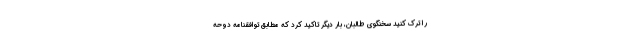
را ترک کنید سخنگوی طالبان، بار دیگر تاکید کرد که مطابق توافقنامه دوحه